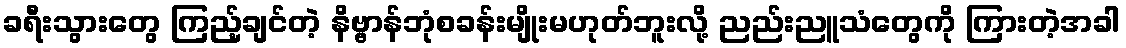
ခရီးသွားတွေ ကြည့်ချင်တဲ့ နိဗ္ဗာန်ဘုံစခန်းမျိုးမဟုတ်ဘူးလို့ ညည်းညူသံတွေကို ကြားတဲ့အခါ